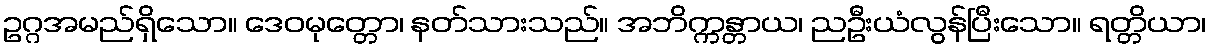
ဥဂ္ဂအမည်ရှိသော။ ဒေဝမုတ္တော၊ နတ်သားသည်။ အဘိက္ကန္တာယ၊ ညဦးယံလွန်ပြီးသော။ ရတ္တိယာ၊